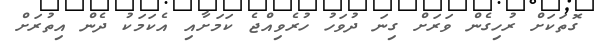
ގޮތަކަށް ރުހިގެން ވަރަށް ގިނަ ދުވަހު ހުރެވިއްޖެ ކަމަށާއި އެކަމަކު ދެން އިތުރަށް